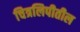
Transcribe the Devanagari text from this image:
चित्रलिपीतील